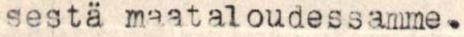
sestä maataloudessamme.